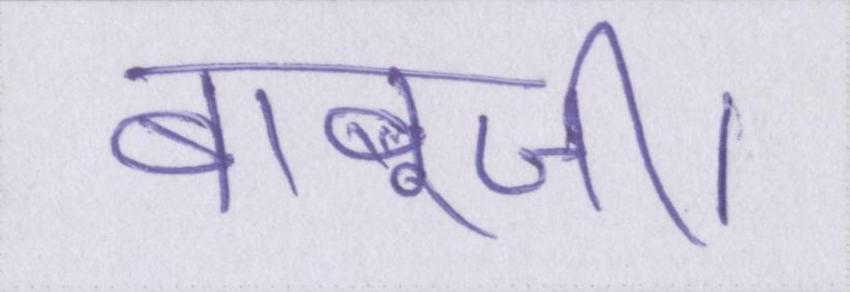
बाबूजी।